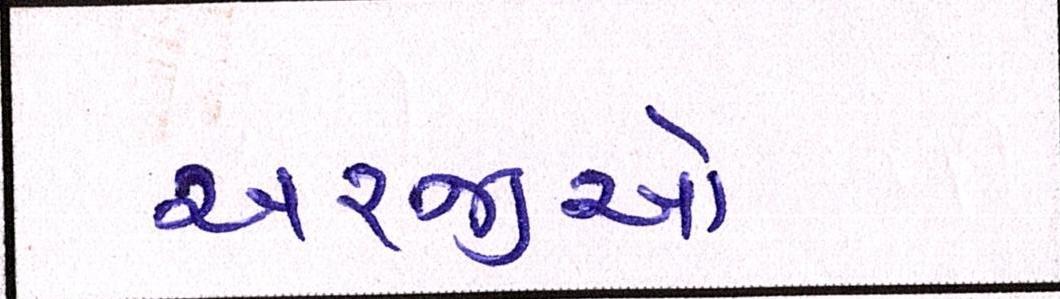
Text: અરજીઓ